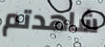
شاهدتم